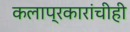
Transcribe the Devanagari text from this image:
कलाप्रकारांचीही